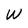
Character: W